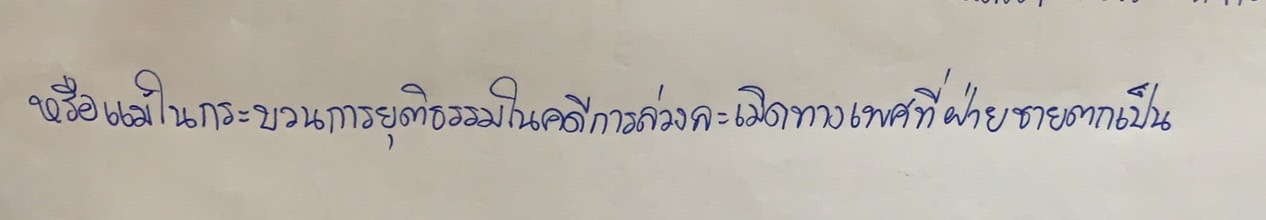
หรือแม้ในกระบวนการยุติธรรมในคดีการล่วงละเมิดทางเพศที่ฝ่ายชายตกเป็น